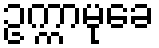
ဥက္ကာမုခေ